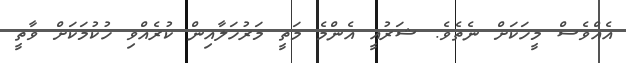
އެއްވެސް މީހަކަށް ނެތެވެ. ޝަރުއީ އެންމެ މަތީ މަރުހަލާއިން ކުރެއްވި ހުކުމަކަށް ވާތީ